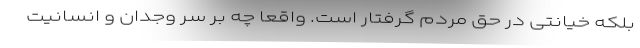
بلکه خیانتی در حق مردم گرفتار است. واقعا چه بر سر وجدان و انسانیت